Rapla_vallakohus, lk 13
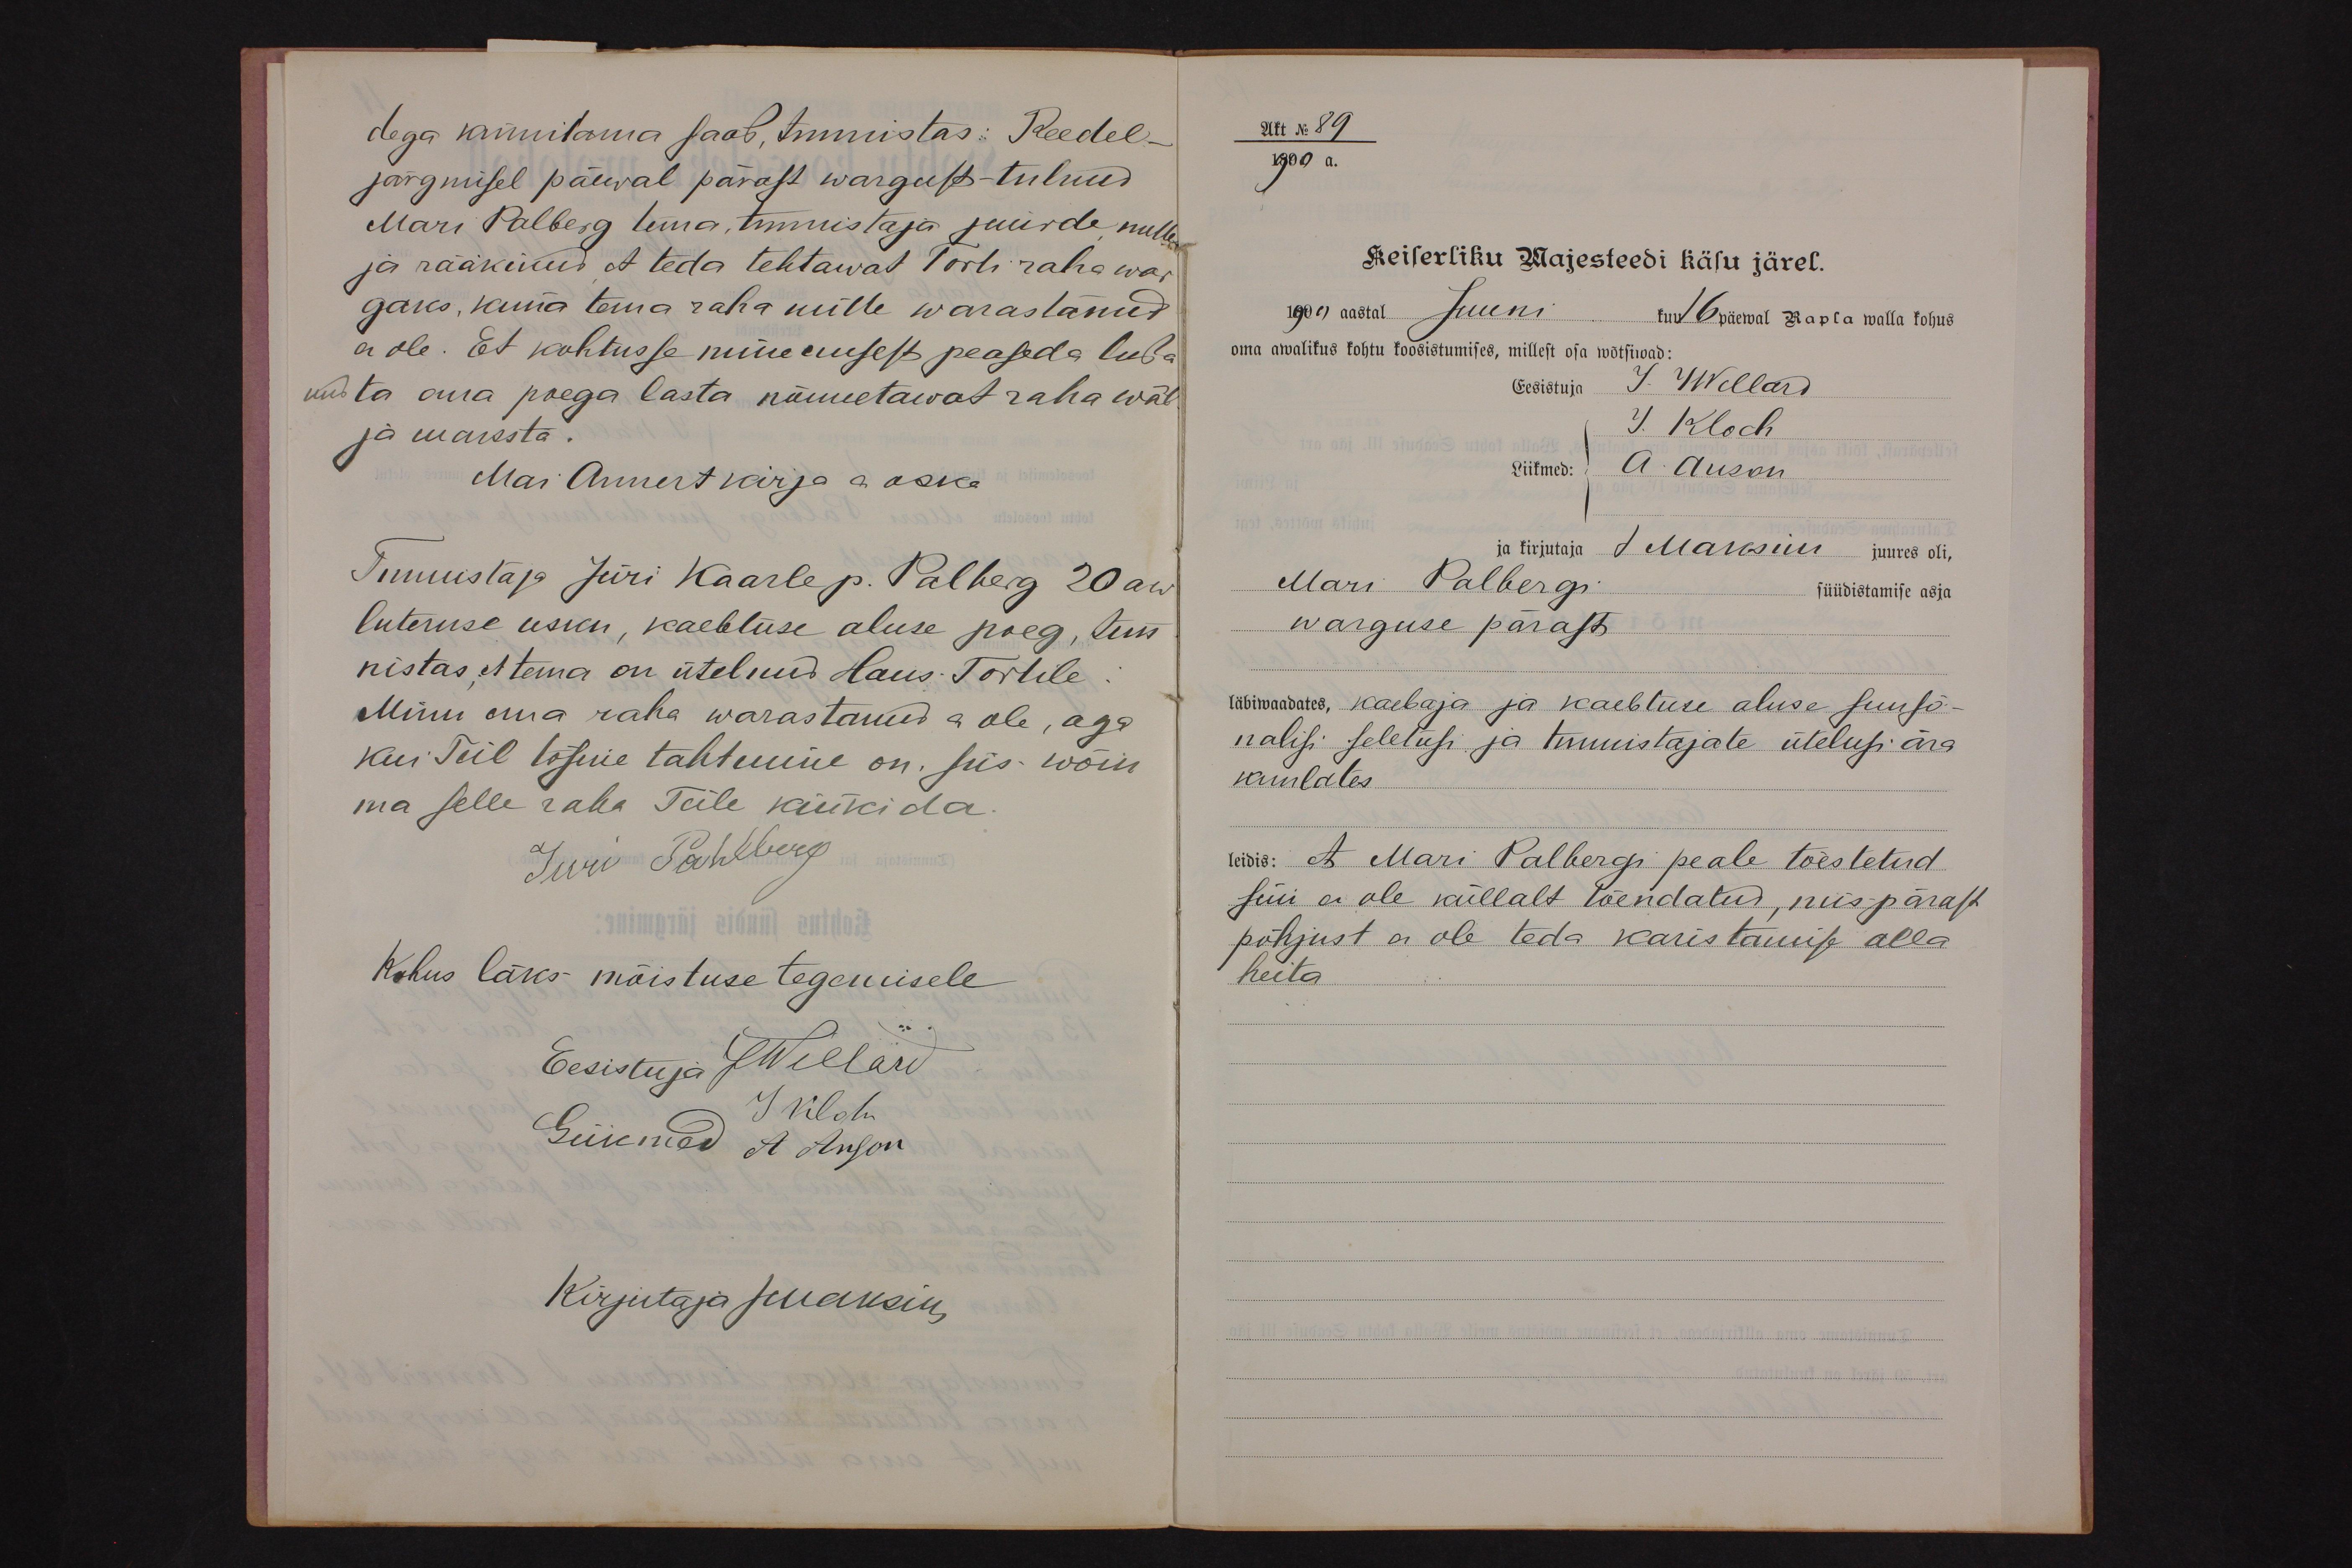
dega kinnitama saab, tunnistas: Reedel-
järgmisel päewal pärast wargust - tulnud
Mari Palberg tema, tunnistaja juurde mulle
ja rääkinud et teda tehtawat Torti raha war-
gaks, kuna tema raha mitte warastanud.
ei ole. Et kohtusse minemisest peaseda luba
nud ta oma poega lasta nõuuetawat raha wäl-
ja maksta.
Mai Annert kirja ei oska
Tunnistaja Jüri Kaarle p. Palberg 20 aw
luteruse usku, kaebtuse aluse poeg, tun-
nistas, et tema on ütelnud Hans Tortile
Minu ema raha warastanud ei ole, aga
kui Teil tõsine tahtmine on, siis wõin
ma selle raha Teile kinkida.
Juri Pahlberg
Kohus läks mõistuse tegemisele
Eesistuja JWillard
Liikmed et Anson
J tilgu
Kirjutaja juaksin

AKt No 89
1900 a.
Keiserliku Majesteedi käsu järel.
1900 aastal Juuni kuul 16 päewal Rapla walla kohus
oma awalikus kohtu koosistumises, millest osa wõtsiwad:
Eesistuja J. Wellard
J. Kloch
liikmed:
A. Auson
ja kirjutaja
J Maksim juures oli,
Mari Palbergi
süüdistamise asja
warguse pärast
läbiwaadates, kaebaja ja kaebtuse aluse suusõ-
nalisi seletusi ja tunnistajate ütelusi ära
kuulates.
leidis: et Mari Palbergi peale tõestetud
süü ei ole küllalt tõendatud, mis pärast
põhjust ei ole teda karistamise alla
heita